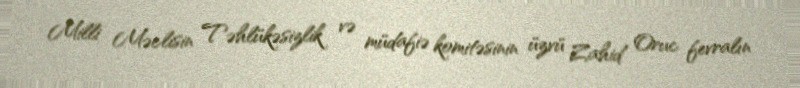
Milli Məclisin Təhlükəsizlik və müdafiə komitəsinin üzvü Zahid Oruc fevralın